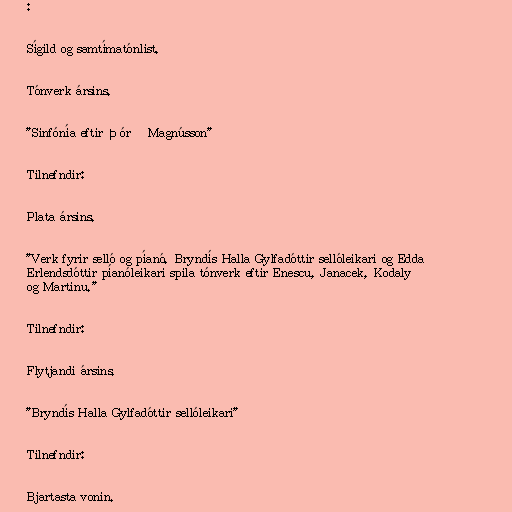
:

Sígild og samtímatónlist.

Tónverk ársins.

"Sinfónía eftir Þórð Magnússon"

Tilnefndir:

Plata ársins.

"Verk fyrir selló og píanó. Bryndís Halla Gylfadóttir sellóleikari og Edda
Erlendsdóttir píanóleikari spila tónverk eftir Enescu, Janacek, Kodaly
og Martinu."

Tilnefndir:

Flytjandi ársins.

"Bryndís Halla Gylfadóttir sellóleikari"

Tilnefndir:

Bjartasta vonin.